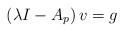
\begin{align*} \left(\lambda I-A_p\right)v=g \end{align*}